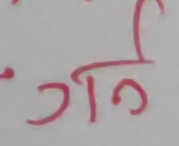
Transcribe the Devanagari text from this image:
गर्ने